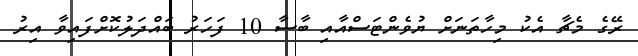
ރޭގެ މެޗާ އެކު މިހާތަނަށް ޔުވެންޓަސްއާއި ބާސާ 10 ފަހަރު ބައްދަލުކޮށްފައިވާ އިރު